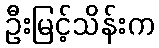
ဦးမြင့်သိန်းက